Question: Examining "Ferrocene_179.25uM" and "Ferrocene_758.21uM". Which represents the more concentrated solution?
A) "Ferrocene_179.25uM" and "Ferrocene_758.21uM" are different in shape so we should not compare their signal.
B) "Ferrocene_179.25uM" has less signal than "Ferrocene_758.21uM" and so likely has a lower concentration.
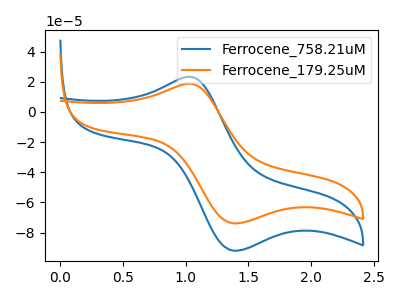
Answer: <think>The blue curve "Ferrocene_758.21uM" has an anodic peak at (1.00V, 23.35uA) and a cathodic peak at (1.40V, -92.00uA). The orange curve "Ferrocene_179.25uM" has an anodic peak at (1.00V, 18.75uA) and a cathodic peak at (1.40V, -73.85uA).
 All the peaks in "Ferrocene_179.25uM" have a peak in "Ferrocene_758.21uM" at the same potential. Every peak in "Ferrocene_179.25uM" is lower than every peak in "Ferrocene_758.21uM".</think>
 <answer>B) "Ferrocene_179.25uM" has less signal than "Ferrocene_758.21uM" and so likely has a lower concentration.</answer>
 <eval>B</eval>